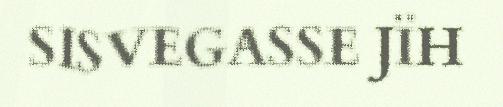
SISVEGASSE JÏH